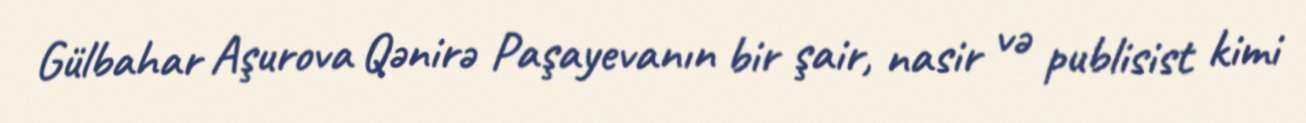
Gülbahar Aşurova Qənirə Paşayevanın bir şair, nasir və publisist kimi